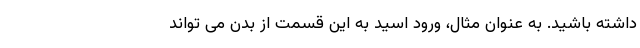
داشته باشید. به عنوان مثال، ورود اسید به این قسمت از بدن می تواند